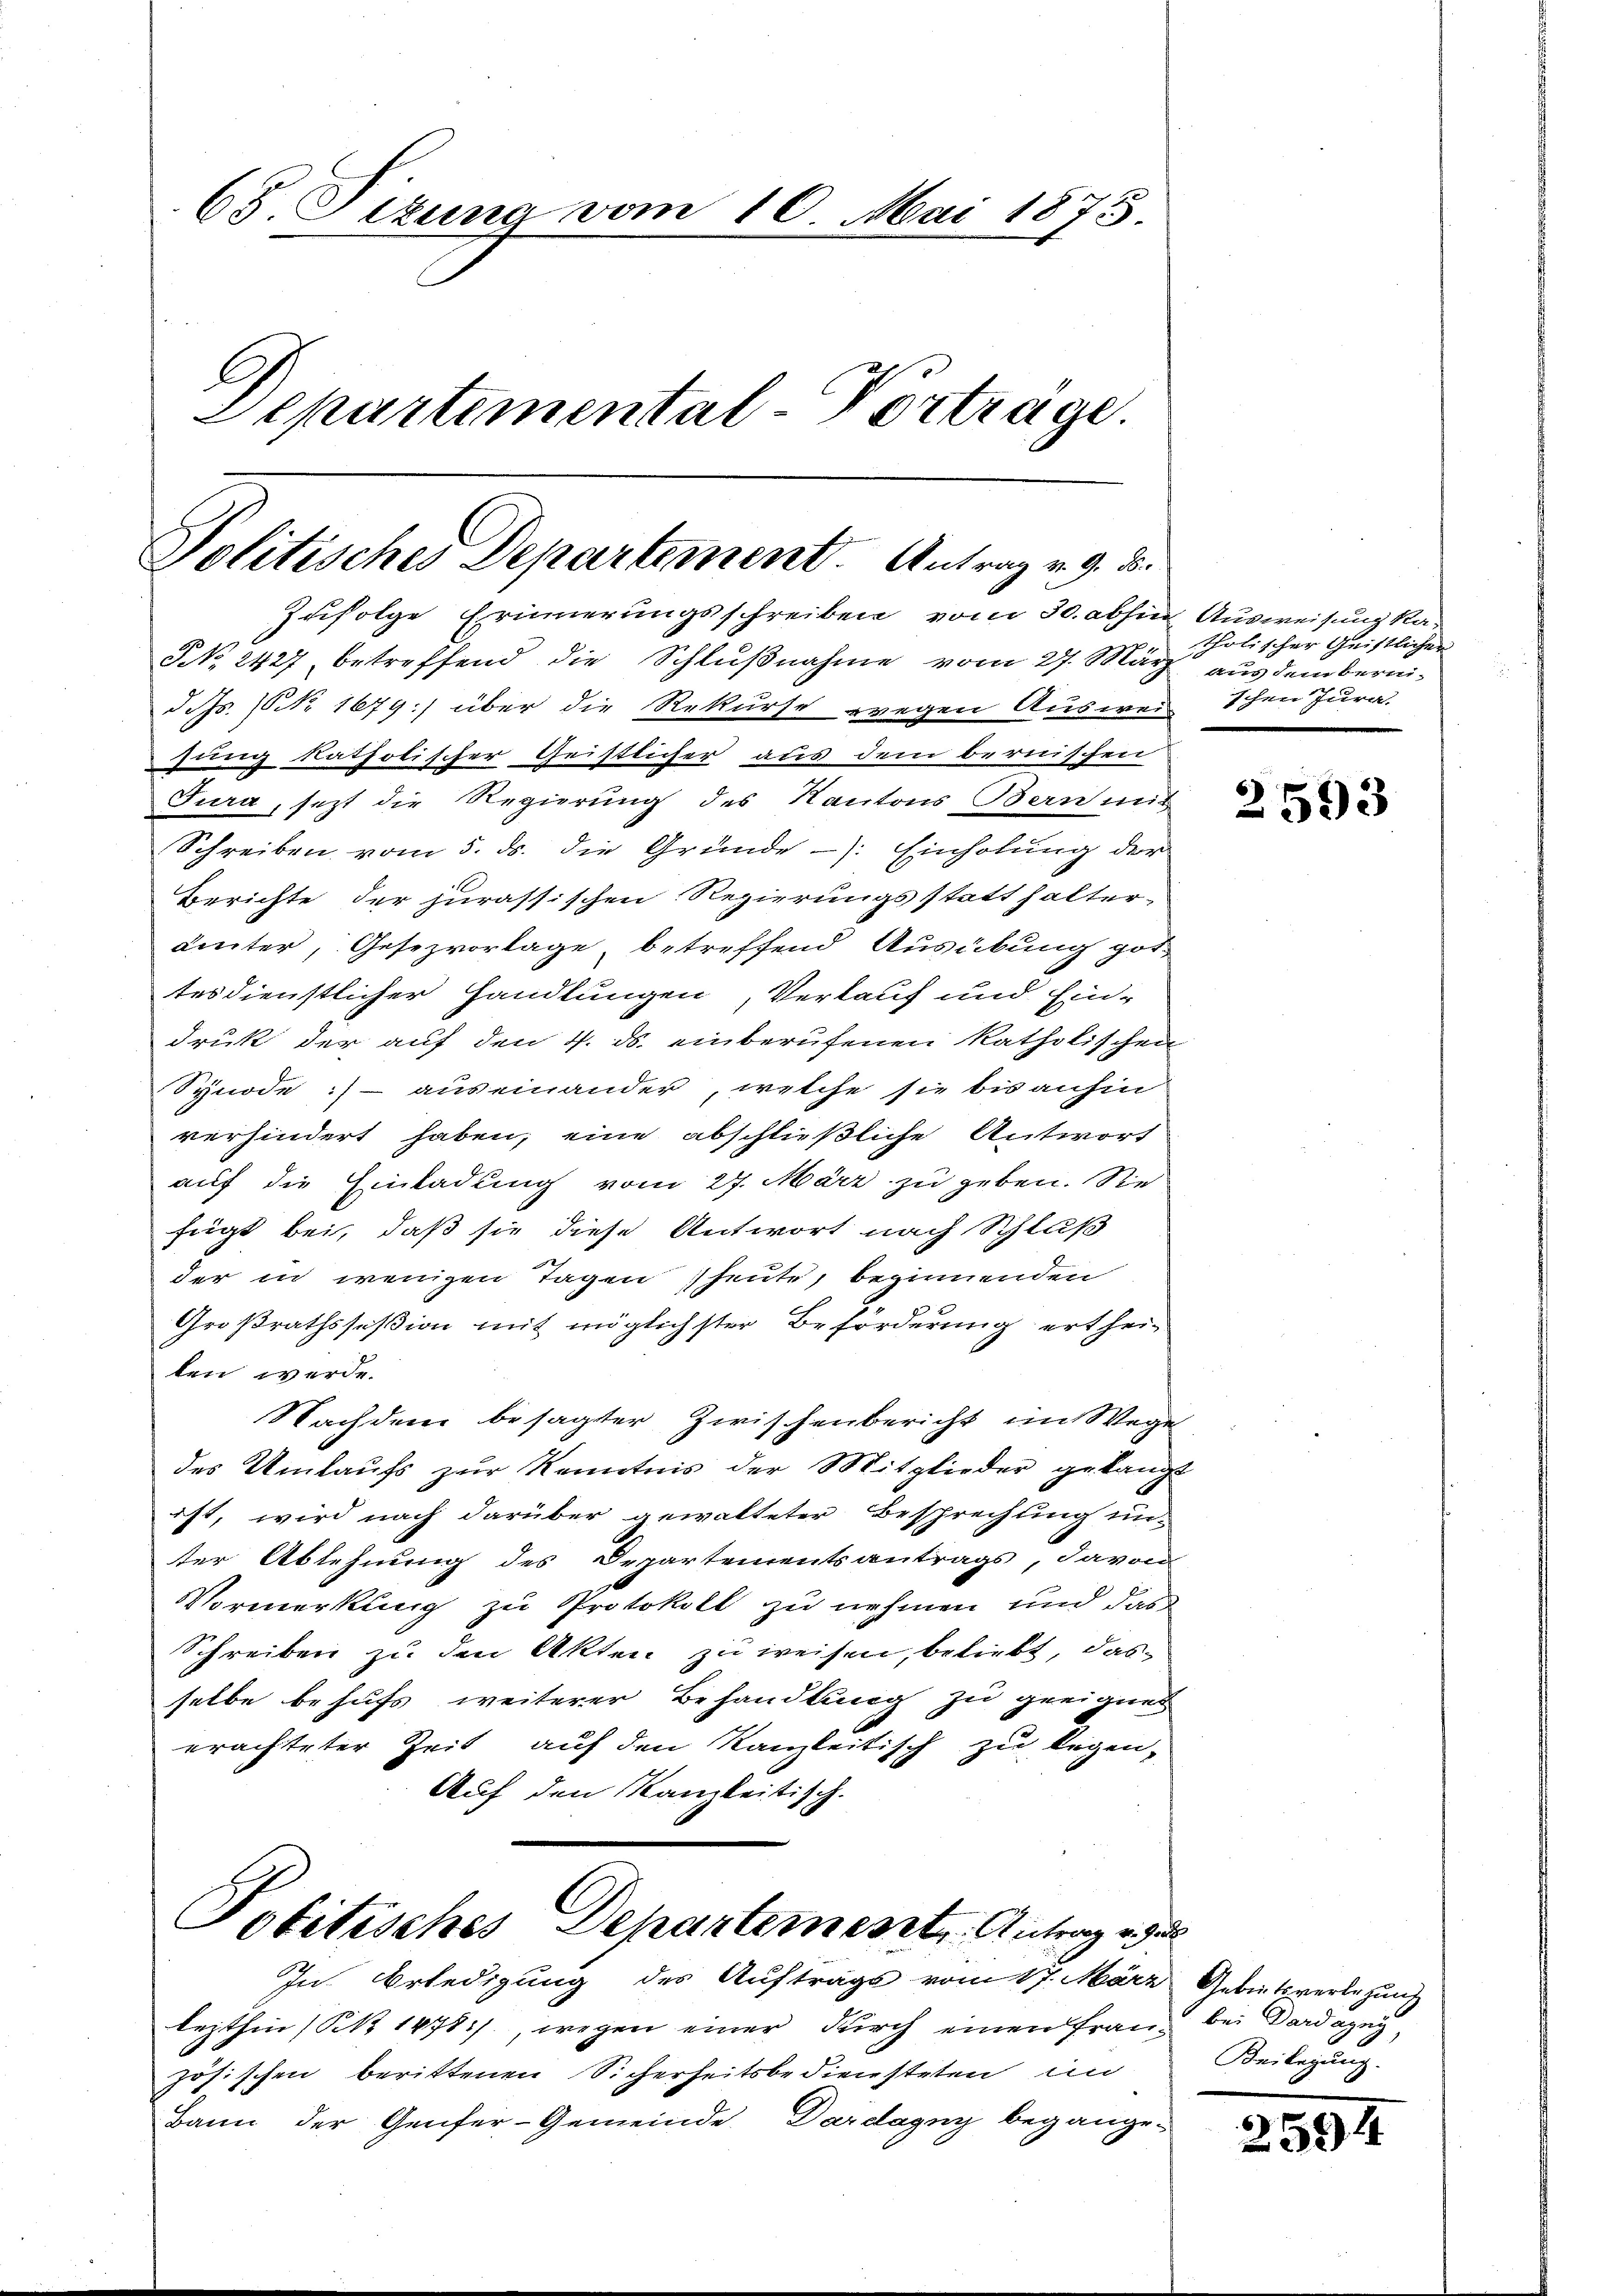
68. Sezung vom 10. Mai 1873.
Separtemental-Vortrage.

Politisches Departement. Antrag v. 9. d.
Zufolge Erinnerungsschreiben vom 30. abhin Ausweisung ka¬

NNNo. 2427 betreffend die Schlŭβnahme vom 27. März aus dem bernid. Js. (Nr. 1679 über die Rekurse wegen Ausweischen Jura.
zung katholischer Geistlicher aus dem bernischen
Jura, jezt die Regierung des Kantons Bern mit
Schreiben vom 5. ds. die Gründe -): Einholung der
Berichte der jurassischen Regierungsstatthalter-
Leiter, Gesezvorlage, betreffend Ausübung got
tesdienstlicher Handlungen, Verkauf und Ein-
druk der auf den 4. ds. einberufenen katholischen
Synode :) - auseinander, welche sie bis anhin
verhindert haben, eine abschließliche Antwort
auf die Einladung vom 27. März zu geben. Sie
fügt bei, daß sie diese Antwort nach Schlaß
der in wenigen Tagen heute, beginnenden
Großrathsseßion mit möglichster Beförderung erthei-
len werde.
Nachdem besagter Zwischenbericht im Wege
des Umlaufs zur Kenntnis der Mitglieder gelangt
ist, wird nach darüber gewalteter Besprechung un-
ter Ablehnung des Departementsantrags, davon
Vormerkung zu Protokoll zu nehmen und das
Schreiben zu den Akten zu weisen, beliebt, das
selbe behufs weiterer Behandlung zu geeignet
erachteter Zeit auf den Kanzleitisch zu legen,
Auf den Kanzleitisch.

Politisches Departement Antrag er al
In Erledigung des Auftrags vom 17. März Gebietsverlegung

lezthin (Sit 1478), wegen einer durch einen Frau, bei Dardazei
zösischen berittenen Sicherheitsbediensteten im
Bann der Genfer-Gemeinde Dardagny begange-

tholischer Geistlicher

2593

Beilegung.

2594